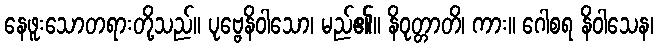
နေဖူးသောတရားတို့သည်။ ပုဗ္ဗေနိဝါသော၊ မည်၏။ နိဝုတ္တာတိ၊ ကား။ ဂေါစရ နိဝါသေန၊